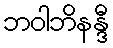
ဘဝါဘိနန္ဒီ